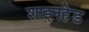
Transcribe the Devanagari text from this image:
शाइनहेड